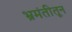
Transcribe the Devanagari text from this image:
भ्रमंतीतून